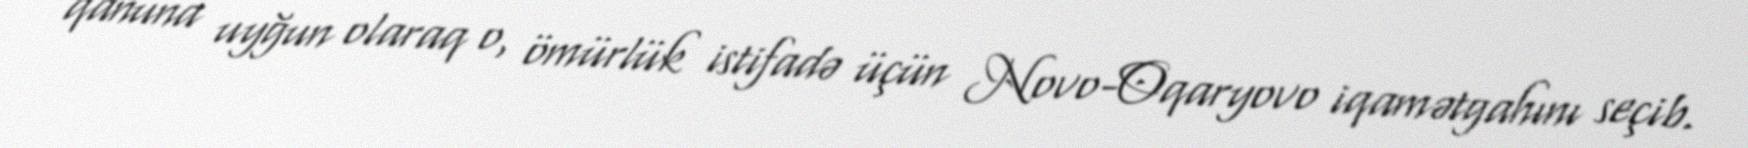
qanuna uyğun olaraq o, ömürlük istifadə üçün Novo-Oqaryovo iqamətgahını seçib.